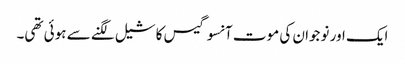
ایک اور نوجوان کی موت آنسو گیس کا شیل لگنے سے ہوئی تھی۔